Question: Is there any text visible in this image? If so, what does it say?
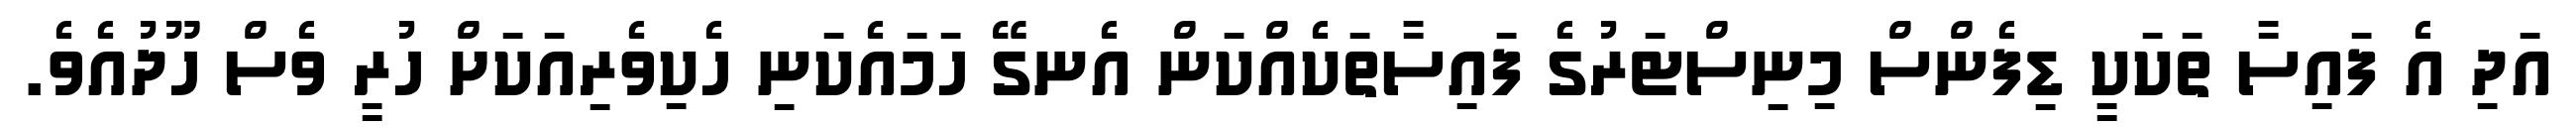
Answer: އަދި އެ ފައިސާ ތަކަކީ ޑިފެންސް މިނިސްޓަރުގެ ފައިސާތަކެއްކަން އެނގޭ ހަމައެކަނި ހެކިވެރިއަކަށް ހުރީ ވެސް ހޫދުއެވެ.